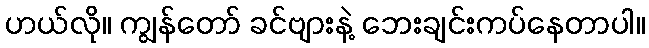
ဟယ်လို။ ကျွန်တော် ခင်ဗျားနဲ့ ဘေးချင်းကပ်နေတာပါ။